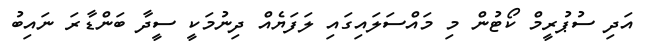
އަދި ސުޕުރީމް ކޯޓުން މި މައްސަލައިގައި ލަފަޔެއް ދިނުމަކީ ސީދާ ބަންޑާރަ ނައިބު